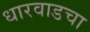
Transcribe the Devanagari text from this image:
धारवाडचा